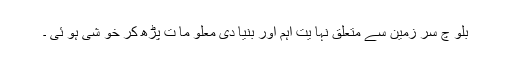
بلو چ سر زمین سے متعلق نہا یت اہم اور بنیا دی معلو ما ت پڑھ کر خو شی ہو ئی ۔